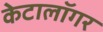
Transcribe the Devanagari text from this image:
केटालॉगर